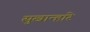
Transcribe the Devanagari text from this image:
सुखान्हारे